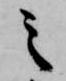
之